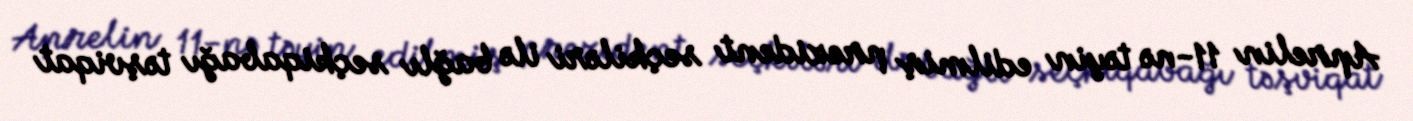
Aprelin 11-nə təyin edilmiş prezident seçkiləri ilə bağlı seçkiqabağı təşviqat